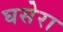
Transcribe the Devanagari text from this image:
घसेरा